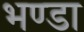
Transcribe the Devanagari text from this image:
भण्डा